Black-water fever - Number 35
Disease focus: Fever
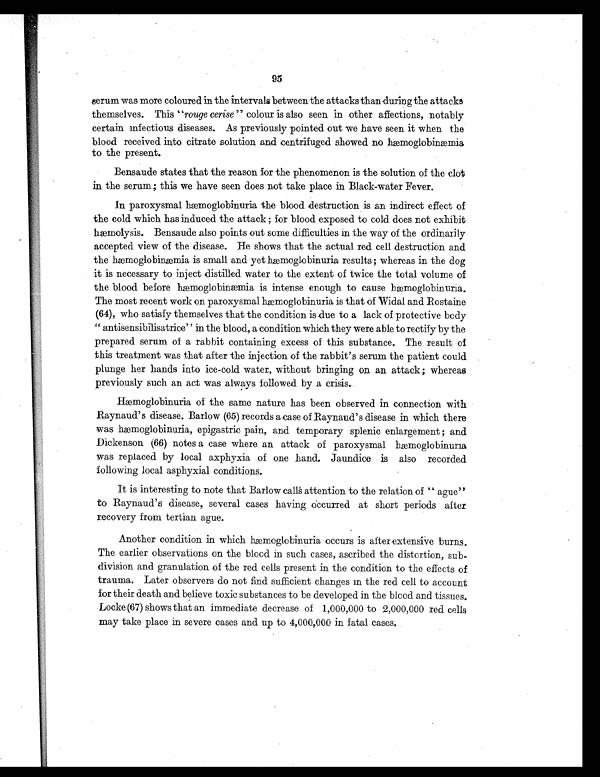
95
serum was more coloured in the intervals between the attacks than during the attacks
themselves. This "rouge cerise" colour is also seen in other affections, notably
certain infectious diseases. As previously pointed out we have seen it when the
blood received into citrate solution and centrifuged showed no hæmoglobinæmia
to the present.
Bensaude states that the reason for the phenomenon is the solution of the clot
in the serum; this we have seen does not take place in Black-water Fever.
In paroxysmal hæmoglobinuria the blood destruction is an indirect effect of
the cold which has induced the attack ; for blood exposed to cold does not exhibit
hæmolysis. Bensaude also points out some difficulties in the way of the ordinarily
accepted view of the disease. He shows that the actual red cell destruction and
the hæmoglobinæmia is small and yet hæmoglobinuria results ; whereas in the dog
it is necessary to inject distilled water to the extent of twice the total volume of
the blood before hæmoglobinæmia is intense enough to cause hæmoglobinuria.
The most recent work on paroxysmal hæmoglobinuria is that of Widal and Rostaine
(64), who satisfy themselves that the condition is due to a lack of protective body
" antisensibilisatrice" in the blood, a condition which they were able to rectify by the
prepared serum of a rabbit containing excess of this substance. The result of
this treatment was that after the injection of the rabbit's serum the patient could
plunge her hands into ice-cold water, without bringing on an attack ; whereas
previously such an act was always followed by a crisis.
Hæmoglobinuria of the same nature has been observed in connection with
Raynaud's disease. Barlow (65) records a case of Raynaud's disease in which there
was hæmoglobinuria, epigastric pain, and temporary splenic enlargement ; and
Dickenson (66) notes a case where an attack of paroxysmal hæmoglobinuria
was replaced by local axphyxia of one hand. Jaundice is also recorded
following local asphyxial conditions.
It is interesting to note that Barlow calls attention to the relation of " ague"
to Raynaud's disease, several cases having occurred at short periods after
recovery from tertian ague.
Another condition in which hæmoglobinuria occurs is after extensive burns.
The earlier observations on the blood in such cases, ascribed the distortion, sub
- d i v i s i o n a n d g r a n u l a t i o n o f t h e r e d c e l l s p r e s e n t i n t h e c o n d i t i o n t o t h e e f f e c t s o f
trauma. Later observers do not find sufficient changes in the red cell to account
for their death and believe toxic substances to be developed in the blood and tissues.
Locke (67) shows that an immediate decrease of 1,000,000 to 2,000,000 red cells
may take place in severe cases and up to 4,000,000 in fatal cases.